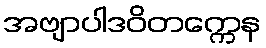
အဗျာပါဒဝိတက္ကေန